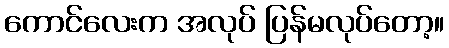
ကောင်လေးက အလုပ် ပြန်မလုပ်တော့။